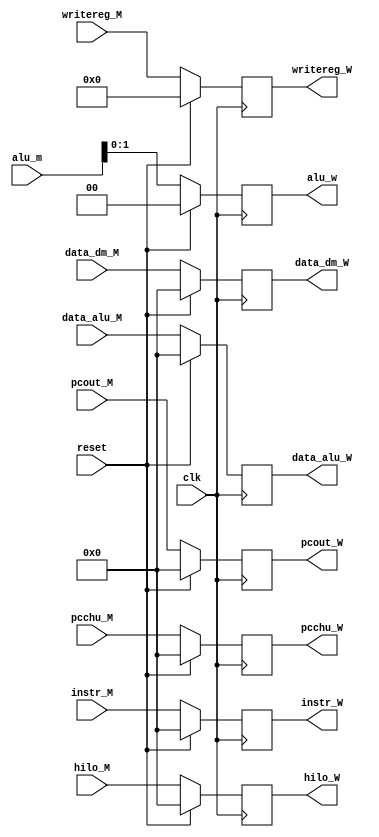
`timescale 1ns / 1ps
//////////////////////////////////////////////////////////////////////////////////
// Company: 
// Engineer: 
// 
// Design Name: 
// Module Name:    jicunqi_W 
// Project Name: 
// Target Devices: 
// Tool versions: 
// Description: 
//
// Dependencies: 
//
// Revision: 
// Revision 0.01 - File Created
// Additional Comments: 
//
//////////////////////////////////////////////////////////////////////////////////
module jicunqi_W(
    input [31:0] instr_M,
    input [31:0] data_dm_M,
    input [31:0] data_alu_M,
	 input [31:0] pcchu_M,
    input [4:0] writereg_M,
	 input [31:0] pcout_M,
	 input [31:0] alu_m,
	 input clk,
	 input reset,
	 input [31:0]	hilo_M,
    //output reg memtoreg_W,
    //output reg regwrite_W,
	 output reg [31:0] instr_W,
    output reg [31:0] data_dm_W,
    output reg [31:0] data_alu_W,
    output reg [4:0] writereg_W,
	 output reg [31:0] pcout_W,
	 output reg [1:0] alu_w,
	 output reg [31:0] hilo_W,
	 output reg [31:0] pcchu_W
    );
	 initial begin
		 //memtoreg_W = 0;
		 //regwrite_W = 0;
		 data_dm_W = 0;
		 data_alu_W = 0;
		 writereg_W = 0;
		 instr_W = 0;
		 pcout_W = 0;
		 pcchu_W = 0;
		 alu_w = 0;
		 hilo_W = 0;
	 end
	 always @(posedge clk)begin
		if(reset)begin
		 //memtoreg_W <= 0;
		 //regwrite_W <= 0;
		 data_dm_W <= 0;
		 data_alu_W <= 0;
		 writereg_W <= 0;
		 instr_W <=0;
		 pcout_W <= 0;
		 pcchu_W <= 0;
		 alu_w <= 0;
		 hilo_W <= 0;
		end
		else begin
			//memtoreg_W <= ;
		   //regwrite_W <= ;
		   data_dm_W <= data_dm_M;
		   data_alu_W <=data_alu_M ;
		   writereg_W <= writereg_M;
			instr_W <=instr_M;
			pcout_W <= pcout_M;
			pcchu_W <= pcchu_M;
			alu_w <= alu_m[1:0];
			hilo_W <= hilo_M;
		end
	 end


endmodule